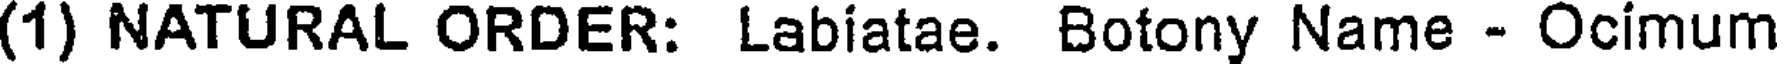
(1) NATURAL ORDER: Labiatae. Botony Name - Ocimum